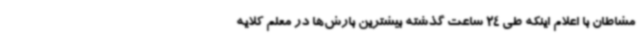
مشاطان با اعلام اینکه طی 24 ساعت گذشته بیشترین بارش‌ها در معلم کلایه